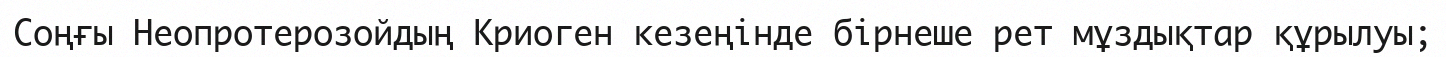
Соңғы Неопротерозойдың Криоген кезеңінде бірнеше рет мұздықтар құрылуы;